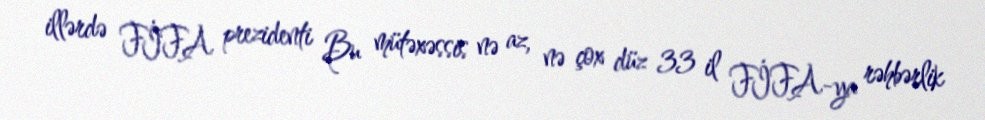
illərdə FİFA prezidenti Bu mütəxəssis nə az, nə çox düz 33 il FİFA-ya rəhbərlik